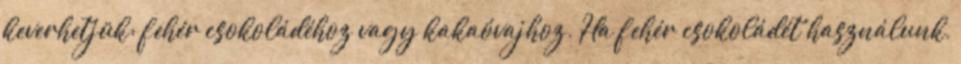
keverhetjük: fehér csokoládéhoz vagy kakaóvajhoz. Ha fehér csokoládét használunk,